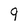
Character: 9